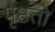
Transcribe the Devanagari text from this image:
पृष्ठतो